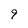
Character: 9